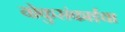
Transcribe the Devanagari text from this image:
योकुसंकाईचा